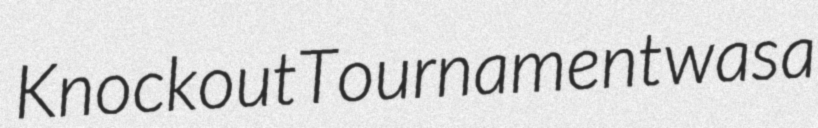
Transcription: Knockout Tournament was a